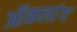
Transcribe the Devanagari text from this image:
ऑकलांग